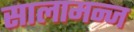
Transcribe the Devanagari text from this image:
सालामन्ज